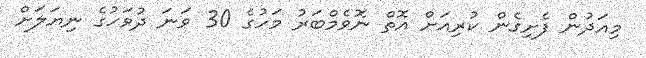
މިއަދުން ފެށިގެން ކުރިއަށް އޮތް ނޮވެމްބަރު މަހުގެ 30 ވަނަ ދުވަހުގެ ނިޔަލަށް